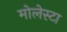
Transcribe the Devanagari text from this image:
मोलेस्टा